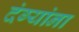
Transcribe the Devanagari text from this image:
दंग्यांना